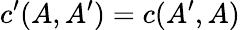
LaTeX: c^{\prime}(A,A^{\prime})=c(A^{\prime},A)